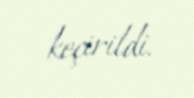
keçirildi.